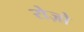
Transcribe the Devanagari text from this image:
रोज़ो